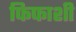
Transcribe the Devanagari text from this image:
फिफाशी